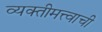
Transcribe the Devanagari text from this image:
व्यक्तीमत्त्वाची